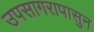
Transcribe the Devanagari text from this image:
उपसागरापासुन